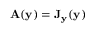
\mathbf { A } ( \mathbf { y } ) = \mathbf { J } _ { \mathbf { y } } ( \mathbf { y } )